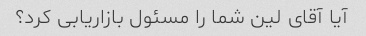
آیا آقای لین شما را مسئول بازاریابی کرد؟